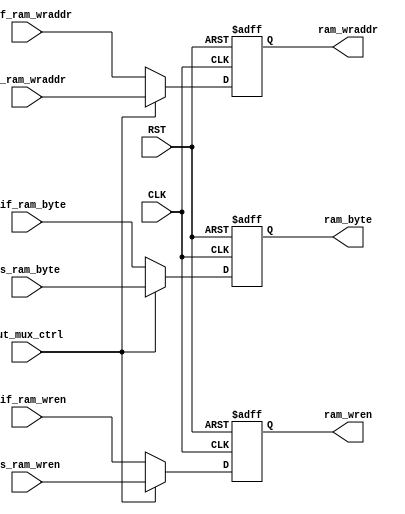
module OutMux
(
 input wire 	   CLK,
 input wire 	   RST,
 input wire 	   out_mux_ctrl,
 input wire [7:0]  bs_ram_byte,
 input wire 	   bs_ram_wren,
 input wire [23:0] bs_ram_wraddr,
 input wire [7:0]  jfif_ram_byte,
 input wire 	   jfif_ram_wren,
 input wire [23:0] jfif_ram_wraddr,
 output reg [7:0]  ram_byte,
 output reg 	   ram_wren,
 output reg [23:0] ram_wraddr
);


    //-----------------------------------------------------------------
    // Mux
    //-----------------------------------------------------------------
    always @(posedge CLK or posedge RST) begin
	if(RST == 1'b 1) begin
	    ram_byte <= {8{1'b0}};
            ram_wren <= 1'b 0;
            ram_wraddr <= {24{1'b0}};
        end 
	else begin
            if(out_mux_ctrl == 1'b 0) begin
		ram_byte <= jfif_ram_byte;
		ram_wren <= jfif_ram_wren;
		ram_wraddr <= (jfif_ram_wraddr);
	    end
	    else begin
		ram_byte <= bs_ram_byte;
		ram_wren <= bs_ram_wren;
		ram_wraddr <= bs_ram_wraddr;
	    end
	end
    end


endmodule